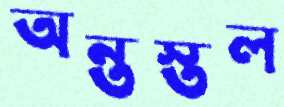
অন্তস্তল